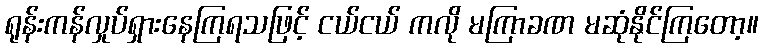
ရုန်းကန်လှုပ်ရှားနေကြရသဖြင့် ငယ်ငယ် ကလို မကြာခဏ မဆုံနိုင်ကြတော့။